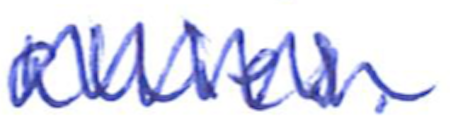
Text: allies.
Cross-out: zig-zag
Writing tool: ballpoint